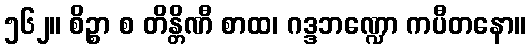
၅၆၂။ စိဉ္စာ စ တိန္တိဏီ စာထ၊ ဂဒ္ဒဘဏ္ဍော ကပီတနော။